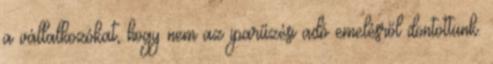
a vállalkozókat, hogy nem az iparűzési adó emelésről döntöttünk.